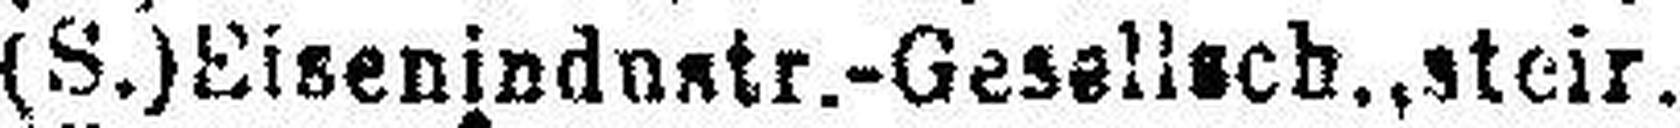
6% (S.) Eisenindostr.-Gesellsch., steir.